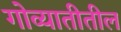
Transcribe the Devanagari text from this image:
गोव्यातीतील